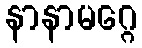
နာနာမဂ္ဂေ